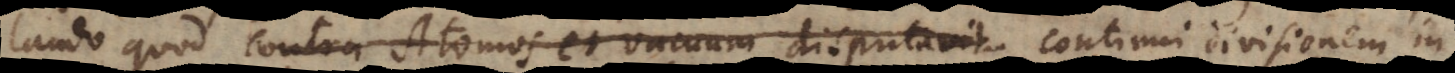
laudo quod contra Atomos et vacuum disputavit. continui divisionem in